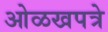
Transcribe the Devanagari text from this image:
ओळखपत्रे